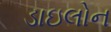
ડાઇલોન